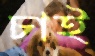
চাই